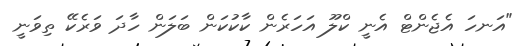
"އަނހަ އެޖެންޓް އެނީ ކްލޫ އަހަރެން ކާކުކަން ބަލަން ހާދަ ވަރެކޭ ތިވަނީ